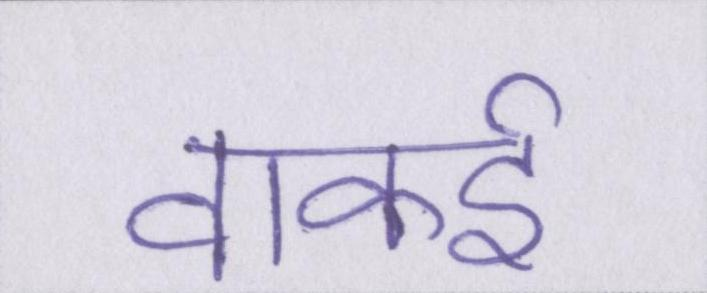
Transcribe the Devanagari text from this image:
वाकई